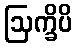
ဩက္ခိပိ